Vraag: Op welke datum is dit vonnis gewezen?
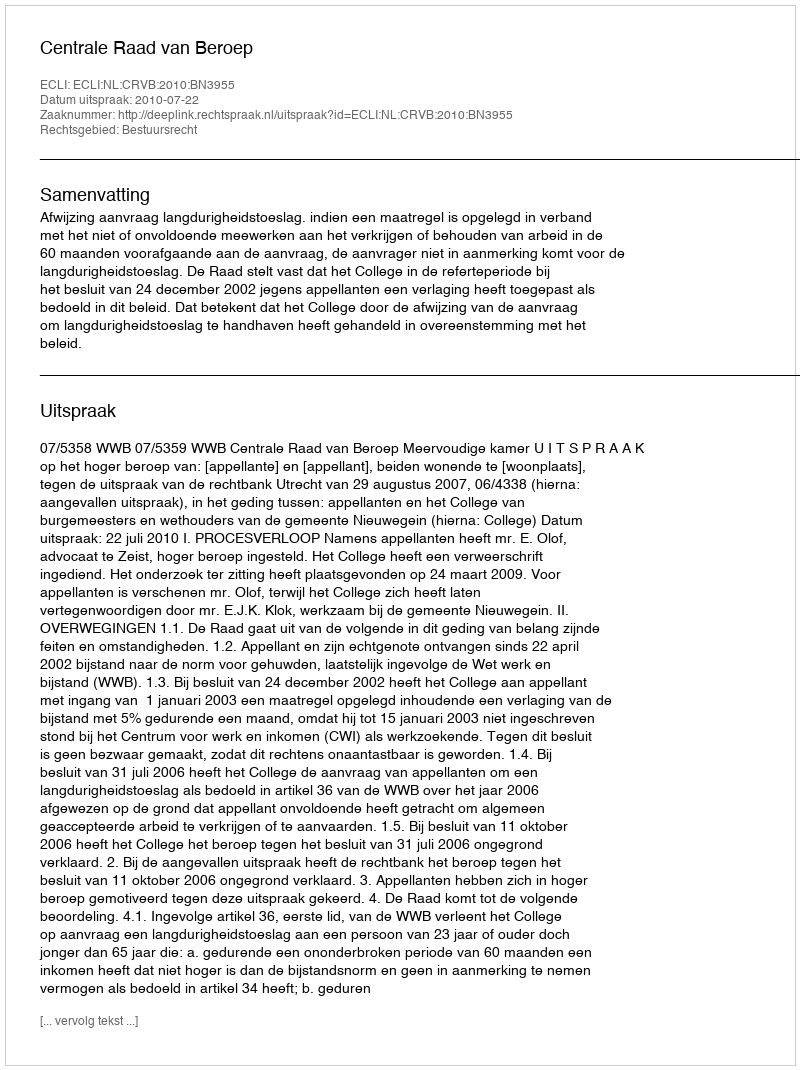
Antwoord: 2010-07-22